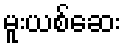
မူးယစ်ဆေး